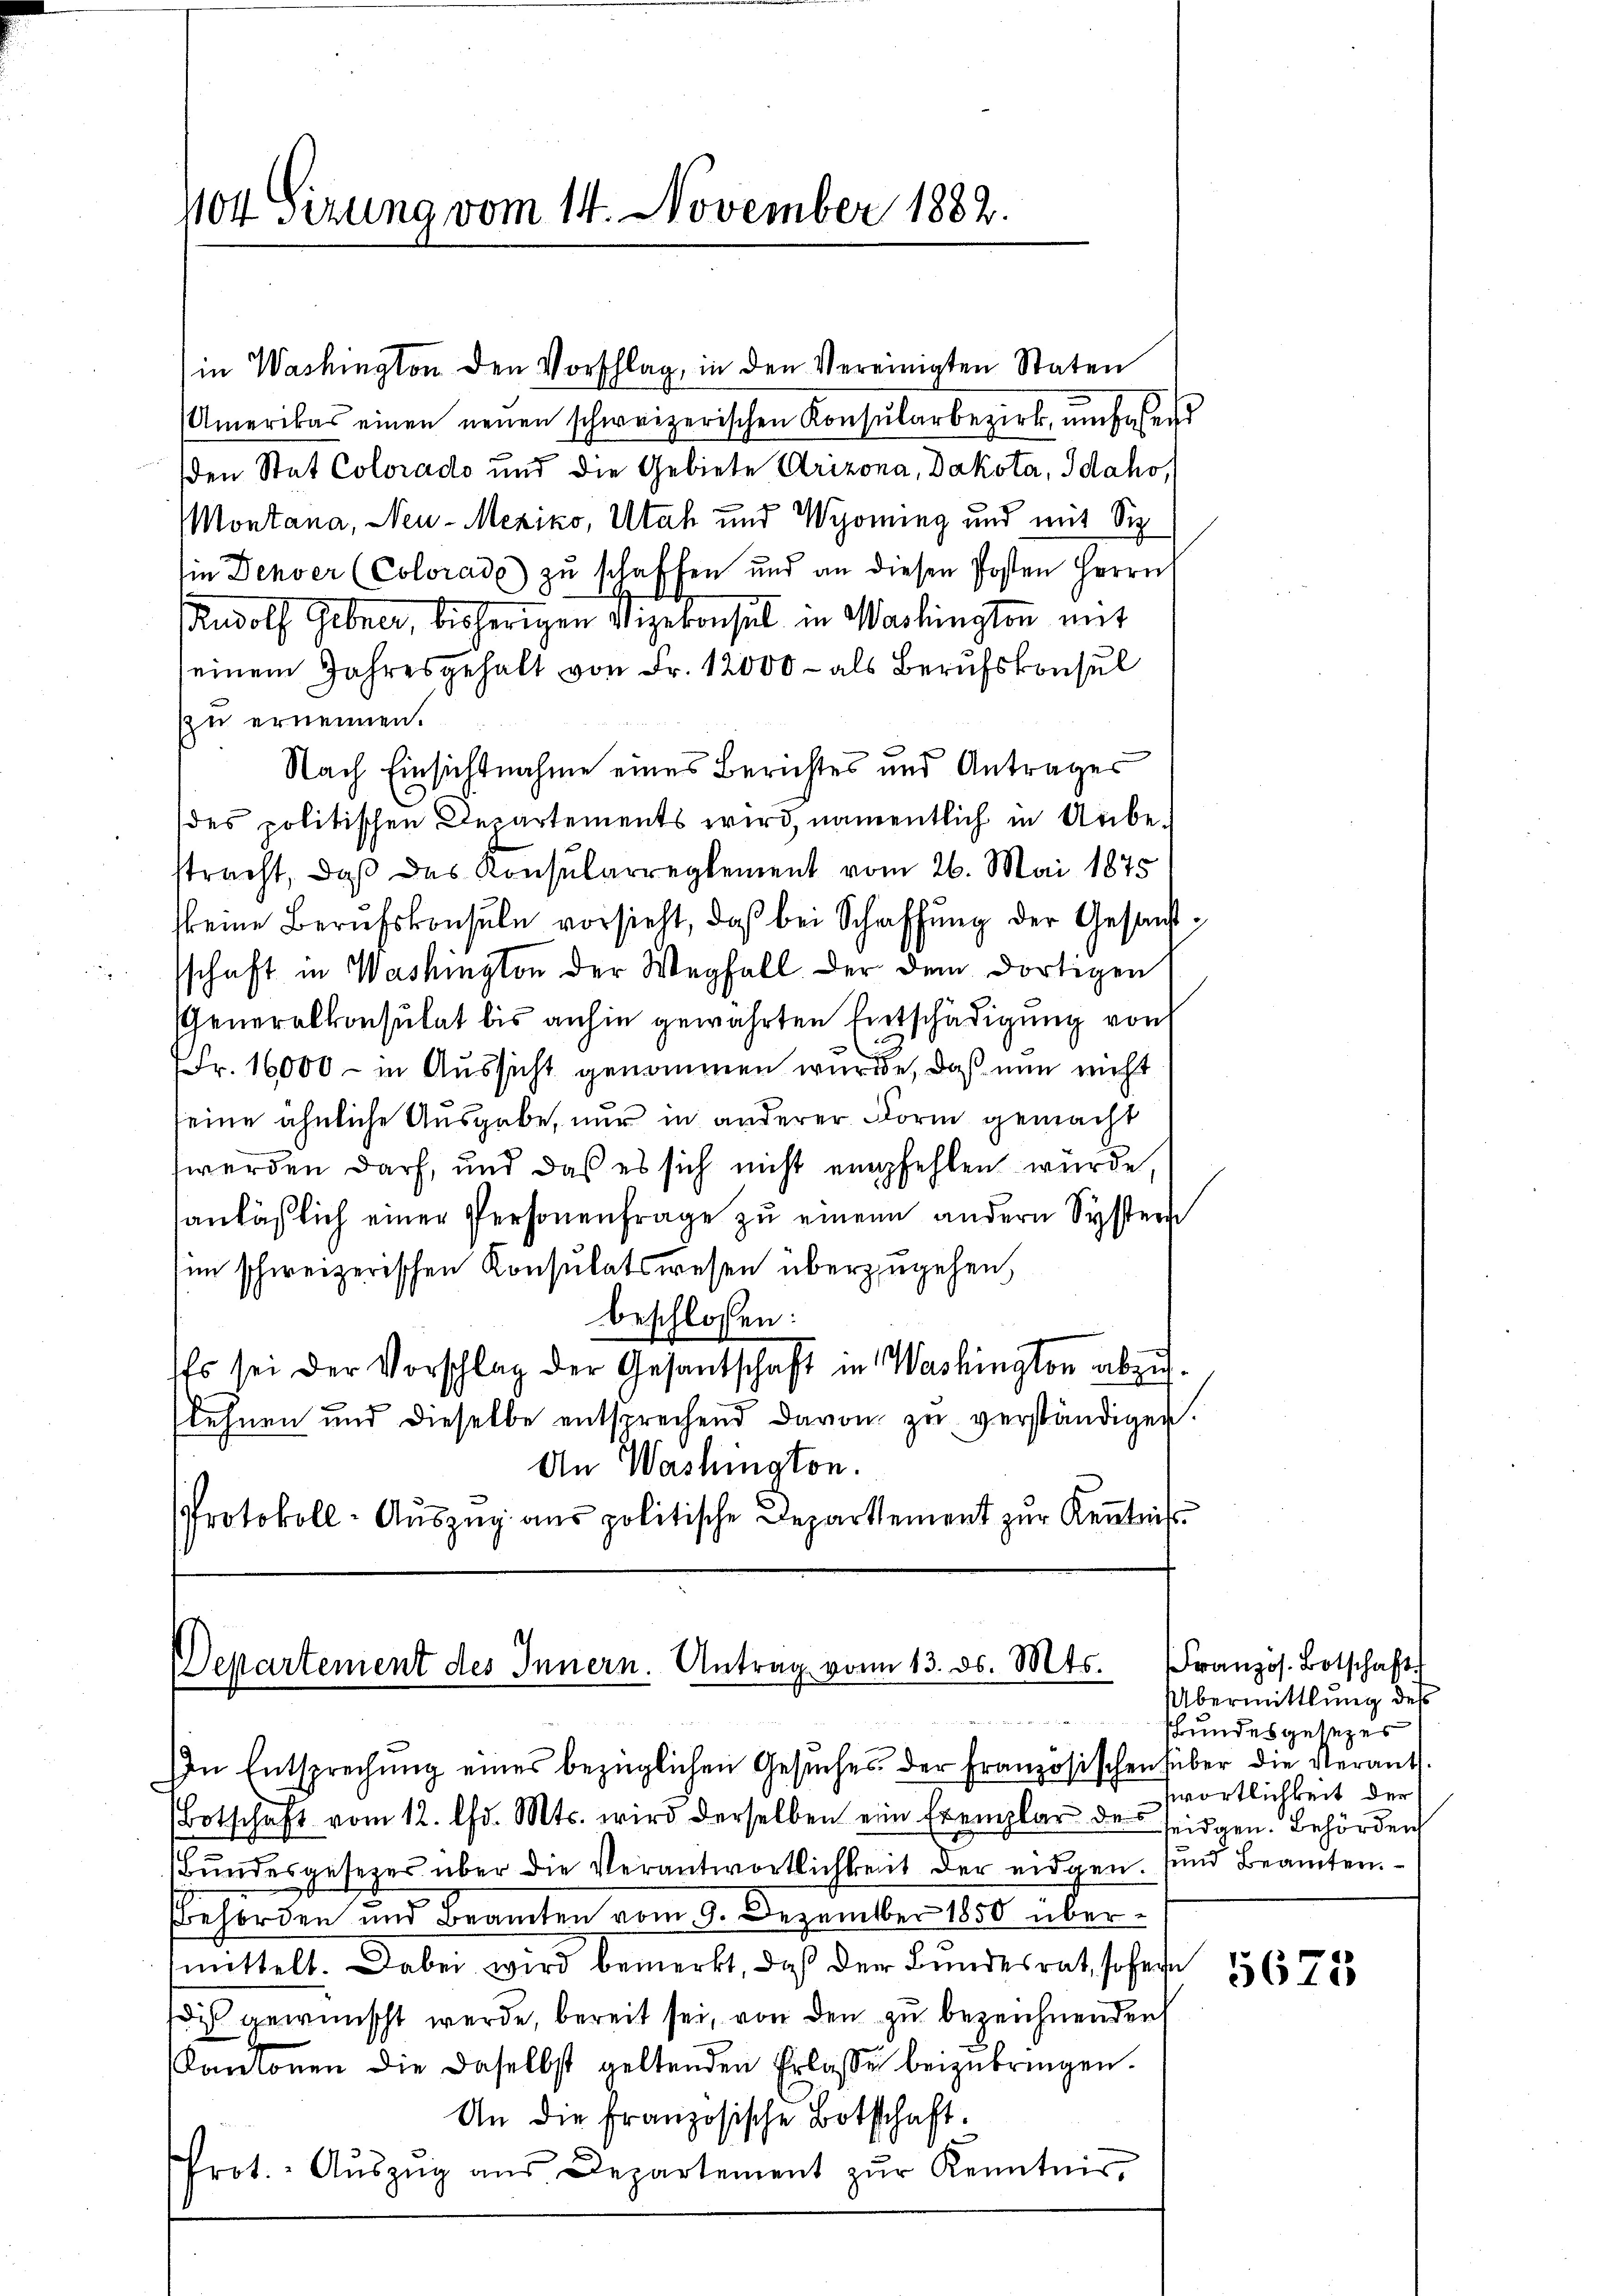
1104 sezung vom 14. November 1882.

in Washington den Vorschlag, in den Vereinigten Staten
Amerikas einen neuen schweizerischen Konsŭlarbezirk, umfassend
den Stat Colorado und die Gebiete Arizona, Dakota, Idaho,
Montana, Neu-Mexiko, Utah und Wyoming und mit Sie
sie Denver (Colorade zŭ schaffen und an diesen Posten Herrn
Rudolf Gebner, bisherigen Vizekonsul in Washington mit
seinem Jahresgehalt von Fr. 12000 - als Berufskonsul
zu ernennen.
Nach Einsichtnahme eines Berichtes und Antrages
des politischen Departements wird, namentlich in Unbe-
stracht, daß das Konsularreglement vom 26. Mai 1875
keine Berufskonsuln vorsieht, daß bei Schaffung der Gesandtschaft in Washington der Wegfall. Der dem dortigen
Generalkonsulat bis anhin gewährten Entschädigung von
2
Fr. 16000 - in Aussicht genommen wurde, daß nun nicht
seine ähnliche Ausgabe, nur in anderer Form gemacht
werden darf, und daß es sich nicht empfehlen wurde,
anläßlich einer Personenfrage zu einem andern Syster
im schweizerischen Konsulatswesen überzugehen,
beschlossen:
Es sei der Vorschlag der Gesantschaft in Washington abzulehnen und dieselbe entsprechend davon zu verständigen.
An Washington.
Protokoll-Auszug aus politische Departement zur Kenntniß

Departement des Innern. Antrag vom 13. ds. Mts.

n Entsprechŭng eines bezüglichen Gesŭches der Französischensüber die Verant.
Botschaft vom 12. Chr. Mts. wird derselben ein Exemplar des seidgen. Behörden
Bundesgesezes über die Verantwortlichkeit der eidgen. und Beamten.
Bbehörden und Beamten vom 9. Dezember 1850 übermittelt. Dabei wird bemerkt, daß der Bundesrat, sofern
dis gewünscht werde, bereit sei, von den zu bezeichnenden
Kantonen die daselbst geltenden Erlasse beizubringen.
An die französische Botschaft.
Prot. Aŭszŭg aŭs Departement zŭr Kenntnis,

Französ. Botschaft
Übermittlung des
Hundesgesezes
wörtlichkeit der

5625